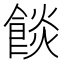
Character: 餤